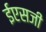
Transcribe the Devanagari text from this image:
ईएसजी